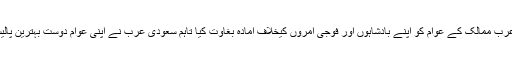
اگرچہ اس خونیں انقلاب کے پیچھے بھی سامراجی طاقتوں کا ہاتھ تھا جنہوں نے عرب ممالک کے عوام کو اپنے بادشاہوں اور فوجی آمروں کیخلاف آمادہ بغاوت کیا تاہم سعودی عرب نے اپنی عوام دوست بہترین پالیسیوں اور حکمت عملی سے خود کو اس منظم عالمی سازش سے بھی محفوظ رکھا۔